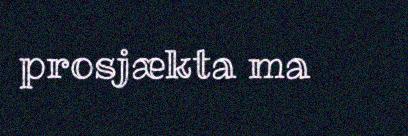
prosjækta ma